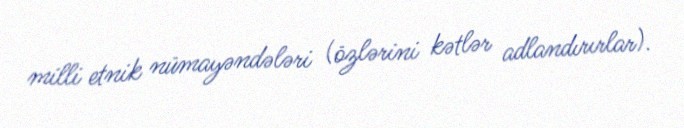
milli etnik nümayəndələri (özlərini kətlər adlandırırlar).